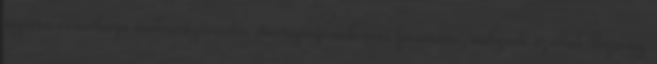
régióra vonatkozó makroregionális stratégiájának éves fórumára, melynek ezúttal Pozsony